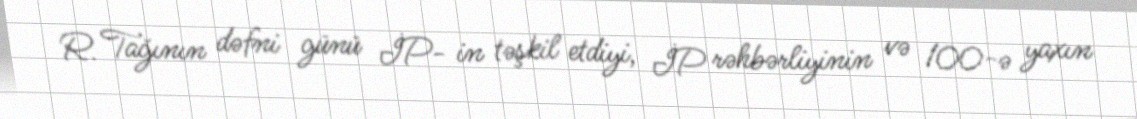
R. Tağının dəfni günü İP- in təşkil etdiyi, İP rəhbərliyinin və 100-ə yaxın